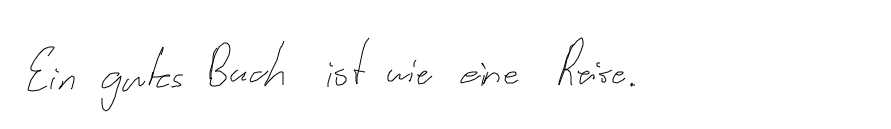
Ein gutes Buch ist wie eine Reise.